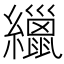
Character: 𦆻